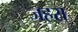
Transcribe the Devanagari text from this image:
जहरा